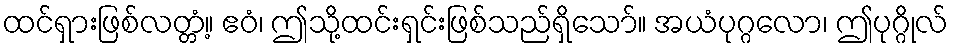
ထင်ရှားဖြစ်လတ္တံ့။ ဧဝံ၊ ဤသို့ထင်းရှင်းဖြစ်သည်ရှိသော်။ အယံပုဂ္ဂလော၊ ဤပုဂ္ဂိုလ်